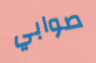
صوابي